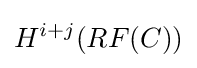
H^{i+j}(RF(C))